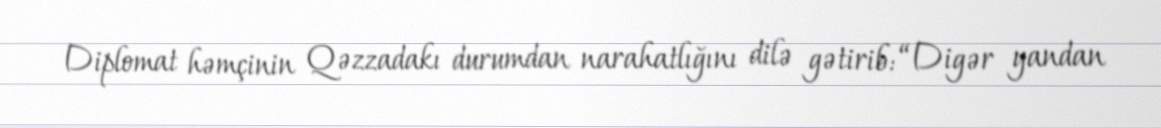
Diplomat həmçinin Qəzzadakı durumdan narahatlığını dilə gətirib: “Digər yandan